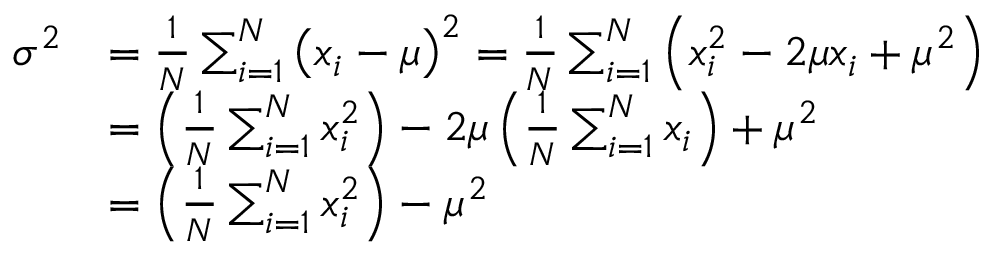
{ \begin{array} { r l } { \sigma ^ { 2 } } & { = { \frac { 1 } { N } } \sum _ { i = 1 } ^ { N } \left( x _ { i } - \mu \right) ^ { 2 } = { \frac { 1 } { N } } \sum _ { i = 1 } ^ { N } \left( x _ { i } ^ { 2 } - 2 \mu x _ { i } + \mu ^ { 2 } \right) } \\ & { = \left( { \frac { 1 } { N } } \sum _ { i = 1 } ^ { N } x _ { i } ^ { 2 } \right) - 2 \mu \left( { \frac { 1 } { N } } \sum _ { i = 1 } ^ { N } x _ { i } \right) + \mu ^ { 2 } } \\ & { = \left( { \frac { 1 } { N } } \sum _ { i = 1 } ^ { N } x _ { i } ^ { 2 } \right) - \mu ^ { 2 } } \end{array} }